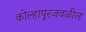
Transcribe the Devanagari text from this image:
कोल्हापूरजवळील